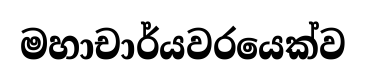
මහාචාර්යවරයෙක්ව